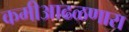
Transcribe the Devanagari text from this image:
कमीआढळणारा